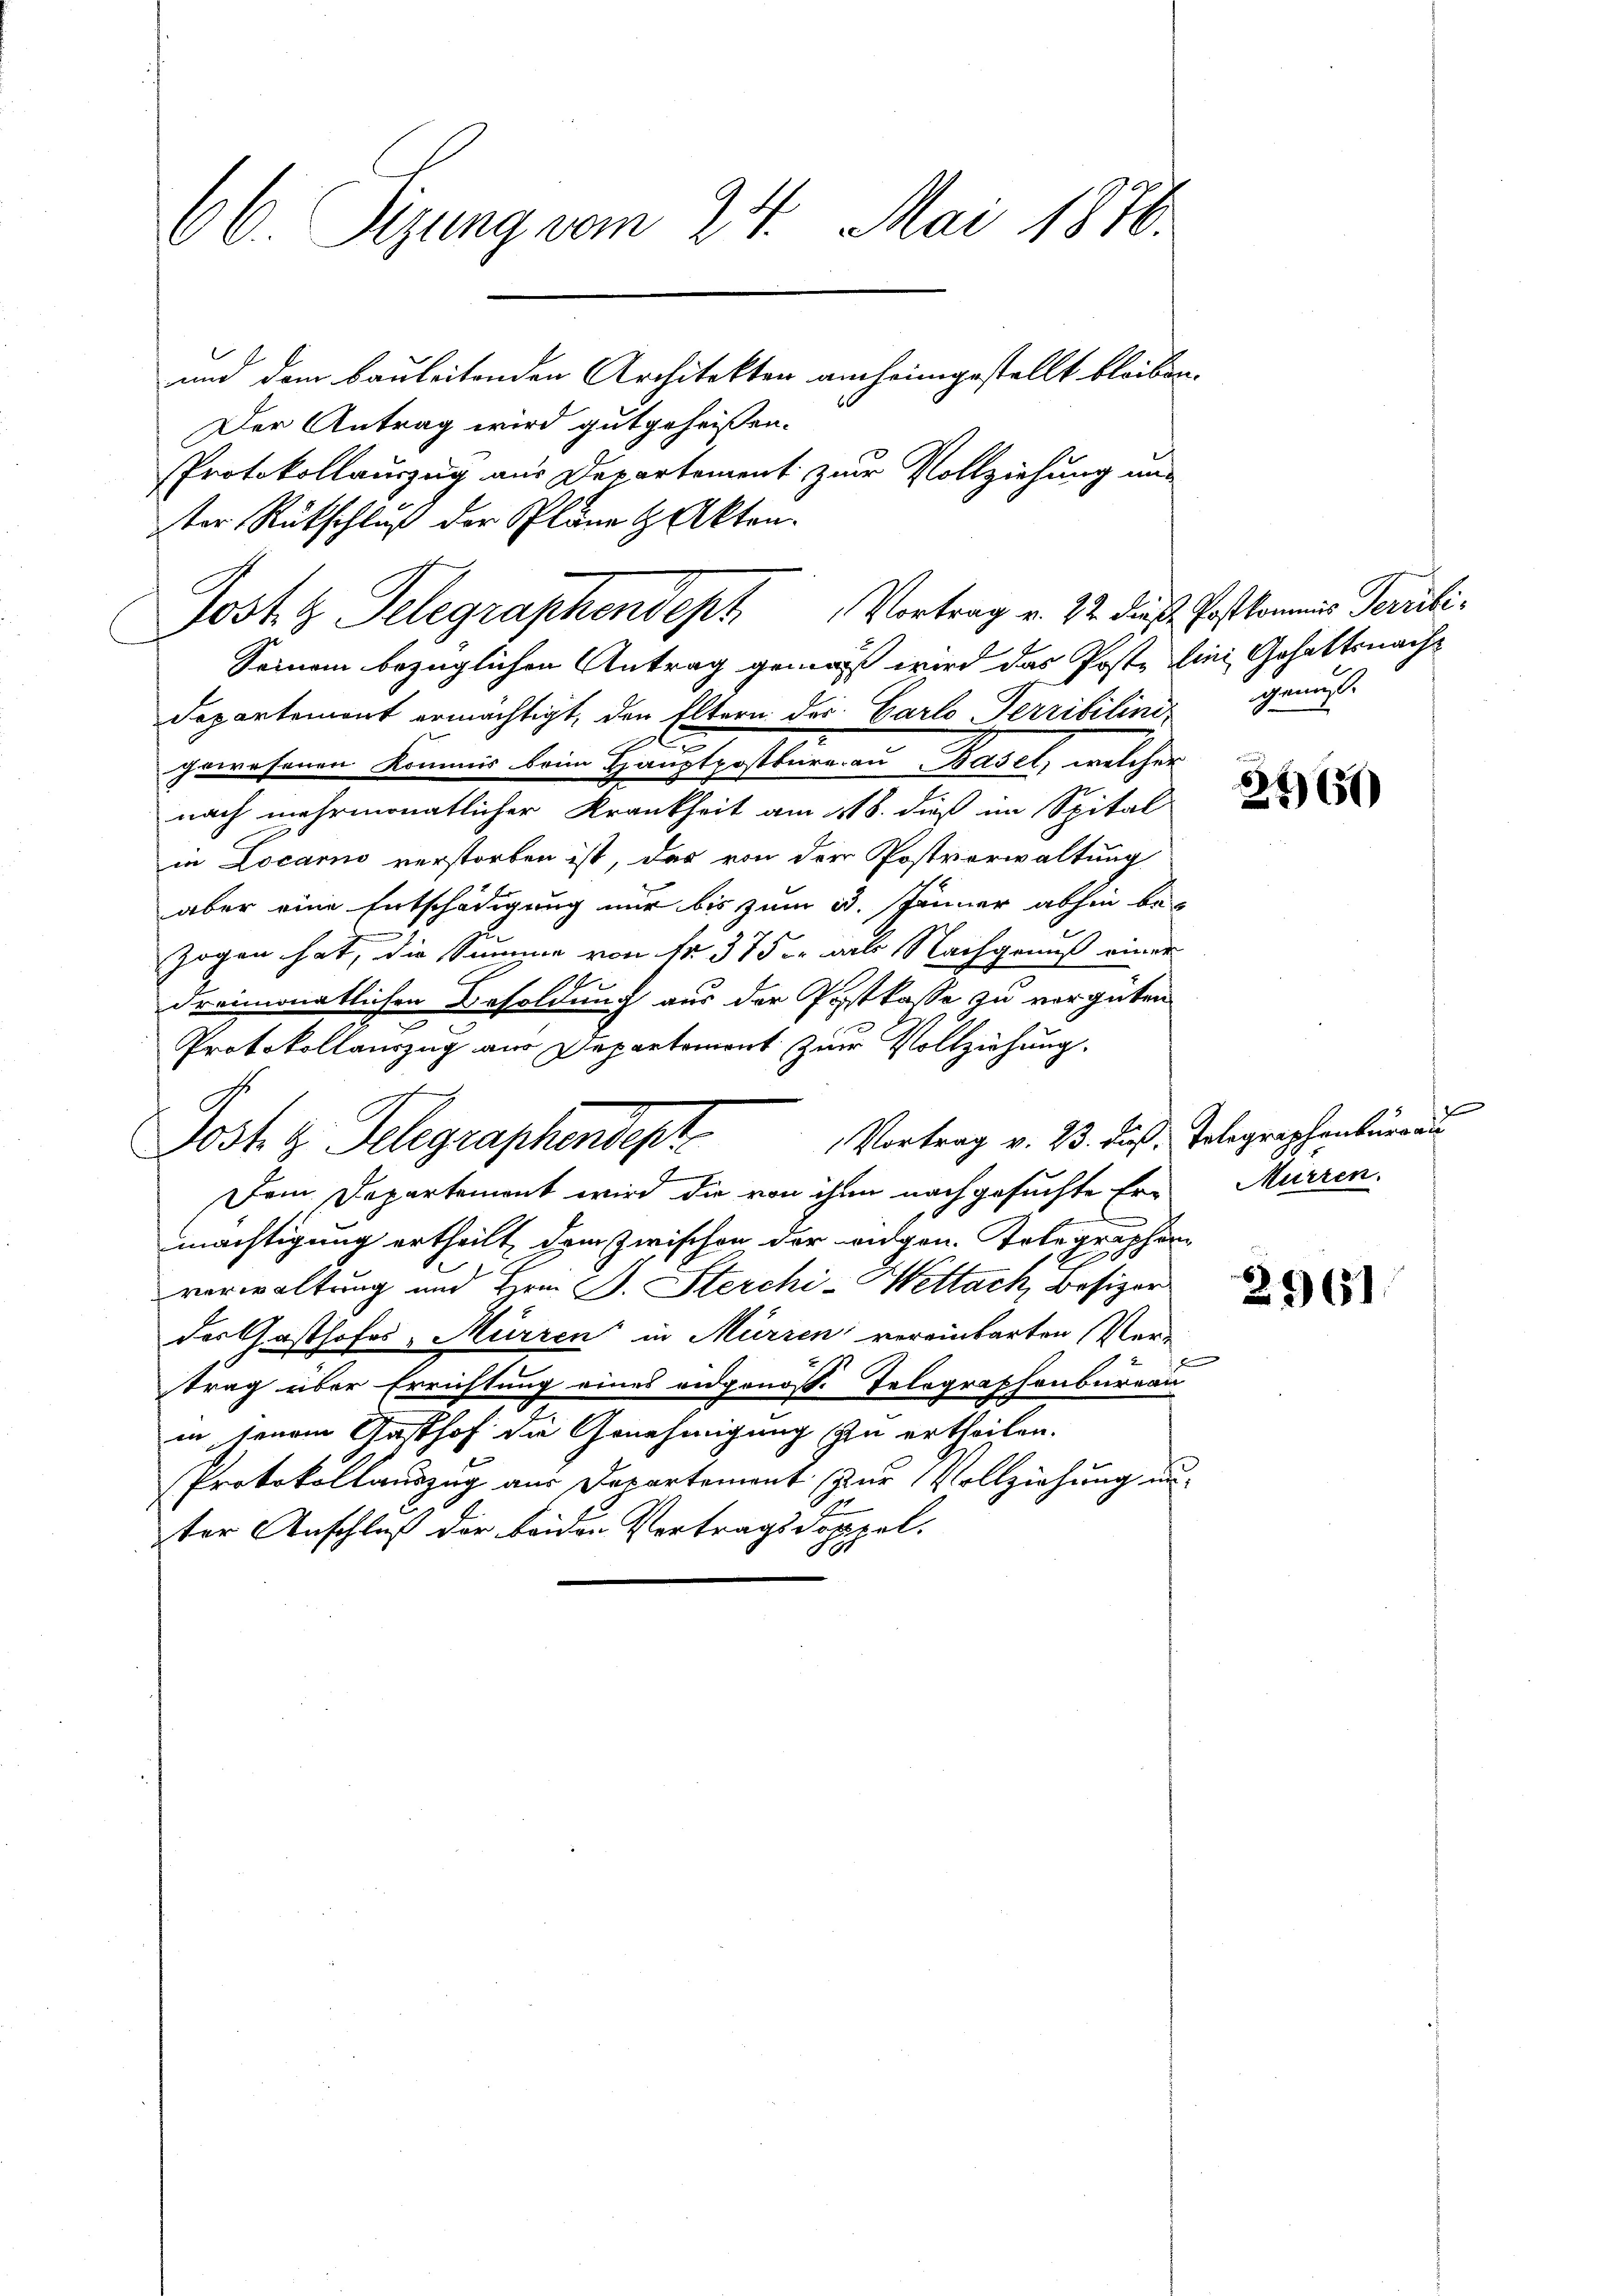
66. Sizung vom 24. Mai 1876.
und dem bauleitenden Architekten aucheimgestellt bleiben.

Der Antrag wird gutgeheißen.
ter Rückschluß der Pläne & Akten.
Seinem bezüglichen Antrag gemäß wird das Poste in Gehaltsnach¬
Departement ermächtigt, den Eltern der Carlo Terribilini
gewesenen Kommis beim Hauptpostbureau Basel, welcher
nach mehrmonatlicher Krankheit am 118. dieß im Spital
in Locarno verstorben ist, das von der Postverwaltung
aber eine Entschädigung nur bis zum 13. Jänner abhin be-
zogen hat, die Summe von Nr. 375. als Nachgenuß einer
dreimonatlichen Besoldung aus der Postkasse zu vergüten
Protokollauszug aus Departement zur Vollziehung.
Vortrag v. 23. dieß, Telegraphenburgau
Post z. Telegraphendest
Dem Departement wird die von ihn nachgesuchte Ermächtigung ertheilt dem zwischen der eidgen. Telegraphen
verwaltung und Hrn. J. Sterchi-Mettach, Besizer
der Gasthofes, Mürren in Mürren vereinbarten Vertrag über Errichtung eines eidgenöss. Telographenburgau
in seinem Gasthof die Genehmigung zu ertheilen.
Protokollauszug aus Departement spur Vollziehung unter Anschluß der beiden Vertragsdoppel.

Protokollauszug aus Departement zur Vollziehung nun
Jost G. Telegraphendept Vortrag v. 22. dieß. Postkommnis Peruli¬

genug.

2960

Mürren.

2961